Calcutta medical institutions reports 1879-81 [i.e.91]
Year: 1879
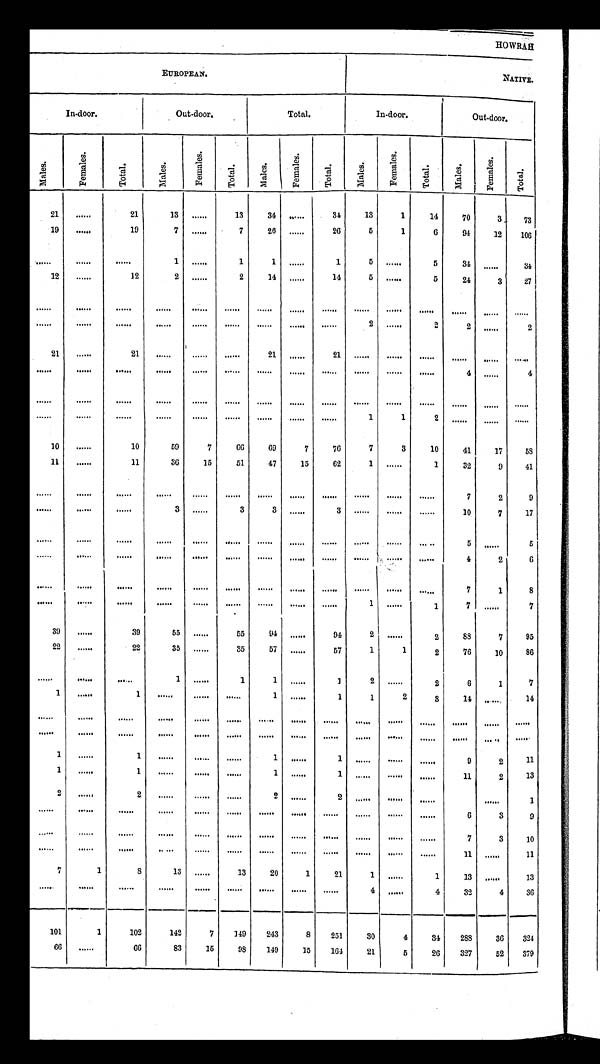
HOWRAH
EUROPEAN.
NATIVE.
In-door.
Out-door.
Total.
In-door.
Out-door.
M a l e s .
F e m a l e s .
T o t a l .
M a l e s .
F e m a l e s .
T o t a l .
M a l e s .
F e m a l e s .
T o t a l .
M a l e s .
F e m a l e s .
T o t a l .
M a l e s .
F e m a l e s .
T o t a l .
2 1
. . . . . .
2 1
1 3
. . . . . .
1 3
3 4
. . . . . .
3 4
1 3
1
1 4
7 0
3
7 3
1 9
. . . . . .
1 9
7
. . . . . .
7
2 6
. . . . . .
2 6
5
1
6
9 4
1 2
1 0 6
. . . . . .
. . . . . .
. . . . . .
1
. . . . . .
1
1
. . . . . .
1
5
. . . . . .
5
3 4
. . . . . .
3 4
1 2
. . . . . .
1 2
2
. . . . . .
2
1 4
. . . . . .
1 4
5
. . . . . .
5
2 4
3
2 7
. . . . . .
. . . . . .
. . . . . .
. . . . . .
. . . . . .
. . . . . .
. . . . . .
. . . . . .
. . . . . .
. . . . . .
. . . . . .
. . . . . .
. . . . . .
. . . . . .
. . . . . .
. . . . . .
. . . . . .
. . . . . .
. . . . . .
. . . . . .
. . . . . .
. . . . . .
. . . . . .
. . . . . .
2
. . . . . .
2
2
. . . . . .
2
2 1
. . . . . .
2 1
. . . . . .
. . . . . .
. . . . . .
2 1
. . . . . .
2 1
. . . . . .
. . . . . .
. . . . . .
. . . . . .
. . . . . .
. . . . . .
. . . . . .
. . . . . .
. . . . . .
. . . . . .
. . . . . .
. . . . . .
. . . . . .
. . . . . .
. . . . . .
. . . . . .
. . . . . .
. . . . . .
4
. . . . . .
4
. . . . . .
. . . . . .
. . . . . .
. . . . . .
. . . . . .
. . . . . .
. . . . . .
. . . . . .
. . . . . .
. . . . . .
. . . . . .
. . . . . .
. . . . . .
. . . . . .
. . . . . .
. . . . . .
. . . . . .
. . . . . .
. . . . . .
. . . . . .
. . . . . .
. . . . . .
. . . . . .
. . . . . .
1
1
2
. . . . . .
. . . . . .
. . . . . .
1 0 . . . . . .
1 0 5 9
7
6 6
6 9 7
7 6
7
3
1 0
4 1
1 7
5 8
1 1 . . . . . .
1 1 3 6
1 5
5 1
4 7
1 5
6 2
1
. . . . . .
1
3 2
9
4 1
. . . . . .
. . . . . .
. . . . . .
. . . . . .
. . . . . .
. . . . . .
. . . . . .
. . . . . . . . . . . .
. . . . . .
. . . . . .
. . . . . .
7 2
9
. . . . . .
. . . . . .
. . . . . .
3
. . . . . .
3
3
. . . . . .
3
. . . . . .
. . . . . .
. . . . . .
1 0
7
1 7
. . . . . .
. . . . . .
. . . . . .
. . . . . .
. . . . . .
. . . . . . . . . . . .
. . . . . . . . . . . .
. . . . . .
. . . . . .
. . . . . . 5
. . . . . .
5
. . . . . .
. . . . . .
. . . . . .
. . . . . .
. . . . . .
. . . . . . . . . . . .
. . . . . . . . . . . .
. . . . . .
. . . . . .
. . . . . .
4
2
6
. . . . . .
. . . . . .
. . . . . .
. . . . . .
. . . . . .
. . . . . . . . . . . .
. . . . . . . . . . . .
. . . . . . . . . . . .
. . . . . . 7
1
8
. . . . . .
. . . . . .
. . . . . .
. . . . . .
. . . . . .
. . . . . . . . . . . .
. . . . . . . . . . . .
1
. . . . . .
1
7
. . . . . .
7
3 9
. . . . . .
3 9 5 5
. . . . . .
5 5
9 4
. . . . . . 9 4
2
. . . . . .
2
8 8
7
9 5
2 2
. . . . . .
2 2
3 5
. . . . . .
3 5
5 7
. . . . . . 5 7
1
1
2
7 6
1 0
8 6
. . . . . .
. . . . . .
. . . . . . 1
. . . . . .
1
1
. . . . . . 1
2
. . . . . .
2
6
1
7
1
. . . . . .
1
. . . . . .
. . . . . .
. . . . . . 1
. . . . . .
1
1
2
3
1 4
. . . . . .
1 4
. . . . . .
. . . . . .
. . . . . .
. . . . . .
. . . . . .
. . . . . . . . . . . .
. . . . . . . . . . . .
. . . . . .
. . . . . .
. . . . . .
. . . . . .
. . . . . .
. . . . . .
. . . . . .
. . . . . .
. . . . . .
. . . . . .
. . . . . .
. . . . . . . . . . . .
. . . . . . . . . . . .
. . . . . .
. . . . . .
. . . . . .
. . . . . .
. . . . . .
. . . . . .
1
. . . . . .
1
. . . . . .
. . . . . .
. . . . . . 1
. . . . . .
1
. . . . . .
. . . . . .
. . . . . .
9
2
1 1
1
. . . . . .
1
. . . . . .
. . . . . .
. . . . . . 1
. . . . . .
1
. . . . . .
. . . . . .
. . . . . .
1 1
2
1 3
2
. . . . . .
2
. . . . . .
. . . . . .
. . . . . . 2
. . . . . . 2
. . . . . .
. . . . . .
. . . . . .
. . . . . .
. . . . . .
1
. . . . . . . . . . . .
. . . . . .
. . . . . .
. . . . . .
. . . . . . . . . . . .
. . . . . . . . . . . .
. . . . . .
. . . . . .
. . . . . .
6
3
9
. . . . . . . . . . . .
. . . . . .
. . . . . .
. . . . . .
. . . . . . . . . . . .
. . . . . . . . . . . .
. . . . . .
. . . . . .
. . . . . .
7
3
1 0
. . . . . . . . . . . .
. . . . . .
. . . . . .
. . . . . .
. . . . . . . . . . . .
. . . . . . . . . . . .
. . . . . .
. . . . . .
. . . . . .
1 1
. . . . . .
1 1
7
1
8
1 3
. . . . . . 1 3
2 0
1
2 1
1
. . . . . .
1
1 3
. . . . . .
1 3
. . . . . .
. . . . . .
. . . . . .
. . . . . .
. . . . . .
. . . . . .
. . . . . .
. . . . . .
. . . . . .
4
. . . . . .
4
3 2
4
3 6
1 0 1
1
1 0 2
1 4 2
7
1 4 9
2 4 3
8
2 5 1
3 0
4
3 4
2 8 8
3 6
3 2 4
6 6
. . . . . .
6 6
8 3
1 5
9 8
1 4 9
1 5
1 6 4
2 1
5
2 6
3 2 7
5 2
3 7 9